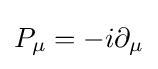
P_{\mu }=-i\partial _{\mu }